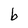
Character: b